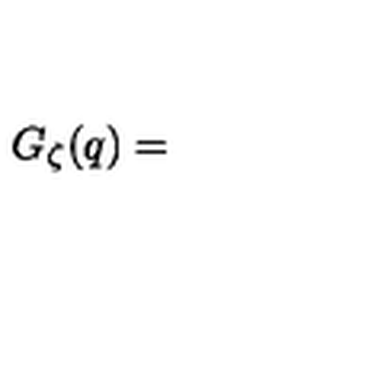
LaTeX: G _ { \zeta } ( q ) =